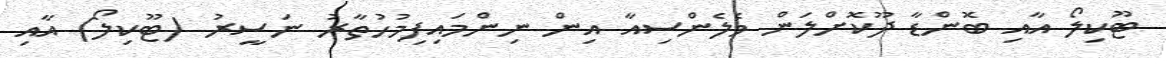
ޓޫކިލޯ އާއި ބޮންޑާ ދޫކޮށްލަން ވެލެންސިއާ އިން ނިންމައިފިމުހުތާރު ނަސީރު (ޓޫކިލޯ) އާއި